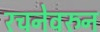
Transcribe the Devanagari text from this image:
रचनेवरुन